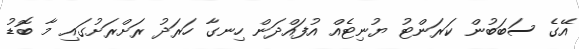
އޭގެ ސަބަބުން ކަރަންޓު ޔުނިޓެއް އުފައްދަން ހިނގާ ހަރަދު ރަށްރަށުގައި މާ ބޮޑު